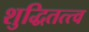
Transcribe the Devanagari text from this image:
शुद्धितत्त्व